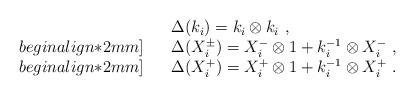
LaTeX: \begin{align*}\begin{array}{rcl}& &\Delta(k_i)=k_i \otimes k_i~,\\begin{align*}2mm]& &\Delta(X^\pm_i)=X^-_i \otimes 1 +k_i^{-1} \otimes X^-_i~,\\begin{align*}2mm]& &\Delta(X^+_i)=X^+_i \otimes 1 + k_i^{-1}\otimes X^+_i~.\end{array}\end{align*}